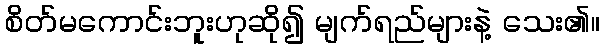
စိတ်မကောင်းဘူးဟုဆို၍ မျက်ရည်များနဲ့ သေး၏။